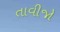
તાવીજો